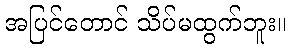
အပြင်တောင် သိပ်မထွက်ဘူး။